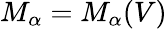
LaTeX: M_{\alpha}=M_{\alpha}(V)